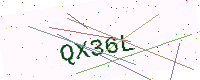
Text: QX36L